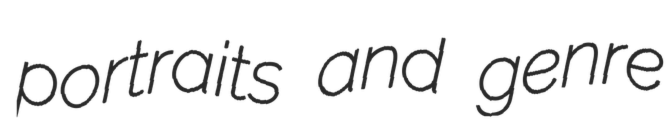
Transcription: portraits and genre